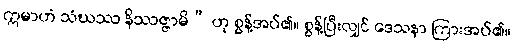
ဣမာဟံ သံဃဿ နိဿဇ္ဇာမိ” ဟု စွန့်အပ်၏။ စွန့်ပြီးလျှင် ဒေသနာ ကြားအပ်၏။